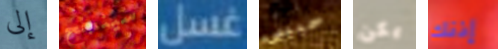
إلى سينجح غسل حبيبى يكن إذنك